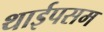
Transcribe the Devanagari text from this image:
थाईपसम